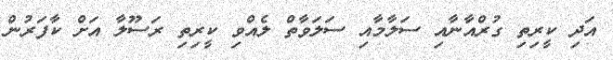
އަދި ކީރިތި ގުރްއާނާއި ސަލާމާއި ސަލަވާތް ލެއްވި ކީރިތި ރަސޫލާ އަށް ކާފަރުން